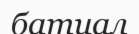
батиал